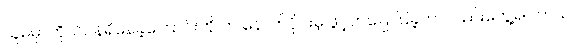
သူမမှာကိုယ်ဝန်ရှိနေခဲ့ကြောင်းကို က နောက်ပိုင်းမှ ဖွင့်ဟပြောပြခဲ့တာလည်းတွေ့ရပါတယ်။